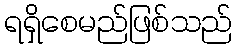
ရရှိစေမည်ဖြစ်သည်